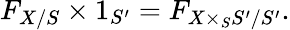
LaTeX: F_{X/S}\times 1_{S^{\prime}}=F_{X\times_{S}S^{\prime}/S^{\prime}}.